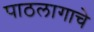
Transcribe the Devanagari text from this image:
पाठलागाचे